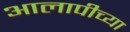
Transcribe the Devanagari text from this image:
आलापीच्या